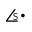
\angles { \cdot }